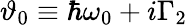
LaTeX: \vartheta_{0}\equiv\hbar\omega_{0}+i\Gamma_{2}